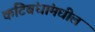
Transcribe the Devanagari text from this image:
कटिबंधांमधील